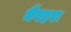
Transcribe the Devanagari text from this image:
धैरहरा